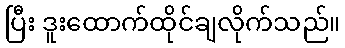
ပြီး ဒူးထောက်ထိုင်ချလိုက်သည်။